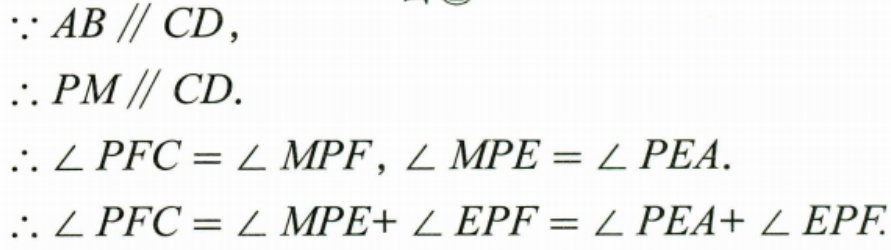
\(\because AB\parallel CD\),
\(\therefore PM\parallel CD\).
\(\therefore \angle PFC=\angle MPF,\angle MPE=\angle PEA\).
\(\therefore \angle PFC=\angle MPE + \angle EPF=\angle PEA+\angle EPF\).